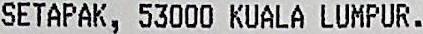
SETAPAK, 53000 KUALA LUMPUR.